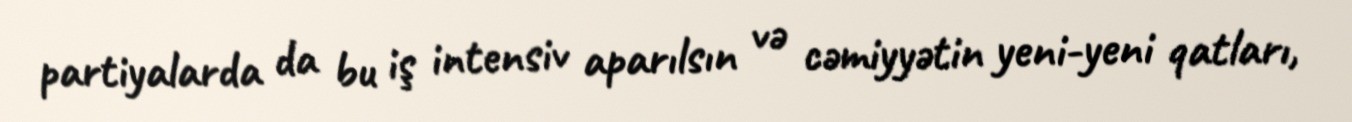
partiyalarda da bu iş intensiv aparılsın və cəmiyyətin yeni-yeni qatları,